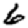
Digit: 6